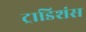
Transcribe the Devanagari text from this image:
ट्राडिशंस